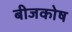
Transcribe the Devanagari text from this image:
बीजकोष